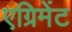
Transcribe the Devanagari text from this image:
एग्रिमेंट